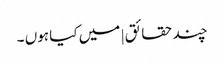
چند حقائق | میں کیا ہوں ۔